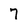
Character: 7